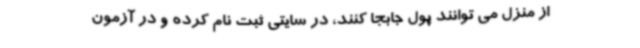
از منزل می توانند پول جابجا کنند، در سایتی ثبت نام کرده و در آزمون